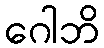
ဂေါဘိ